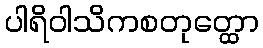
ပါရိဝါသိကစတုတ္ထော